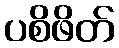
ပစိဖိတ်